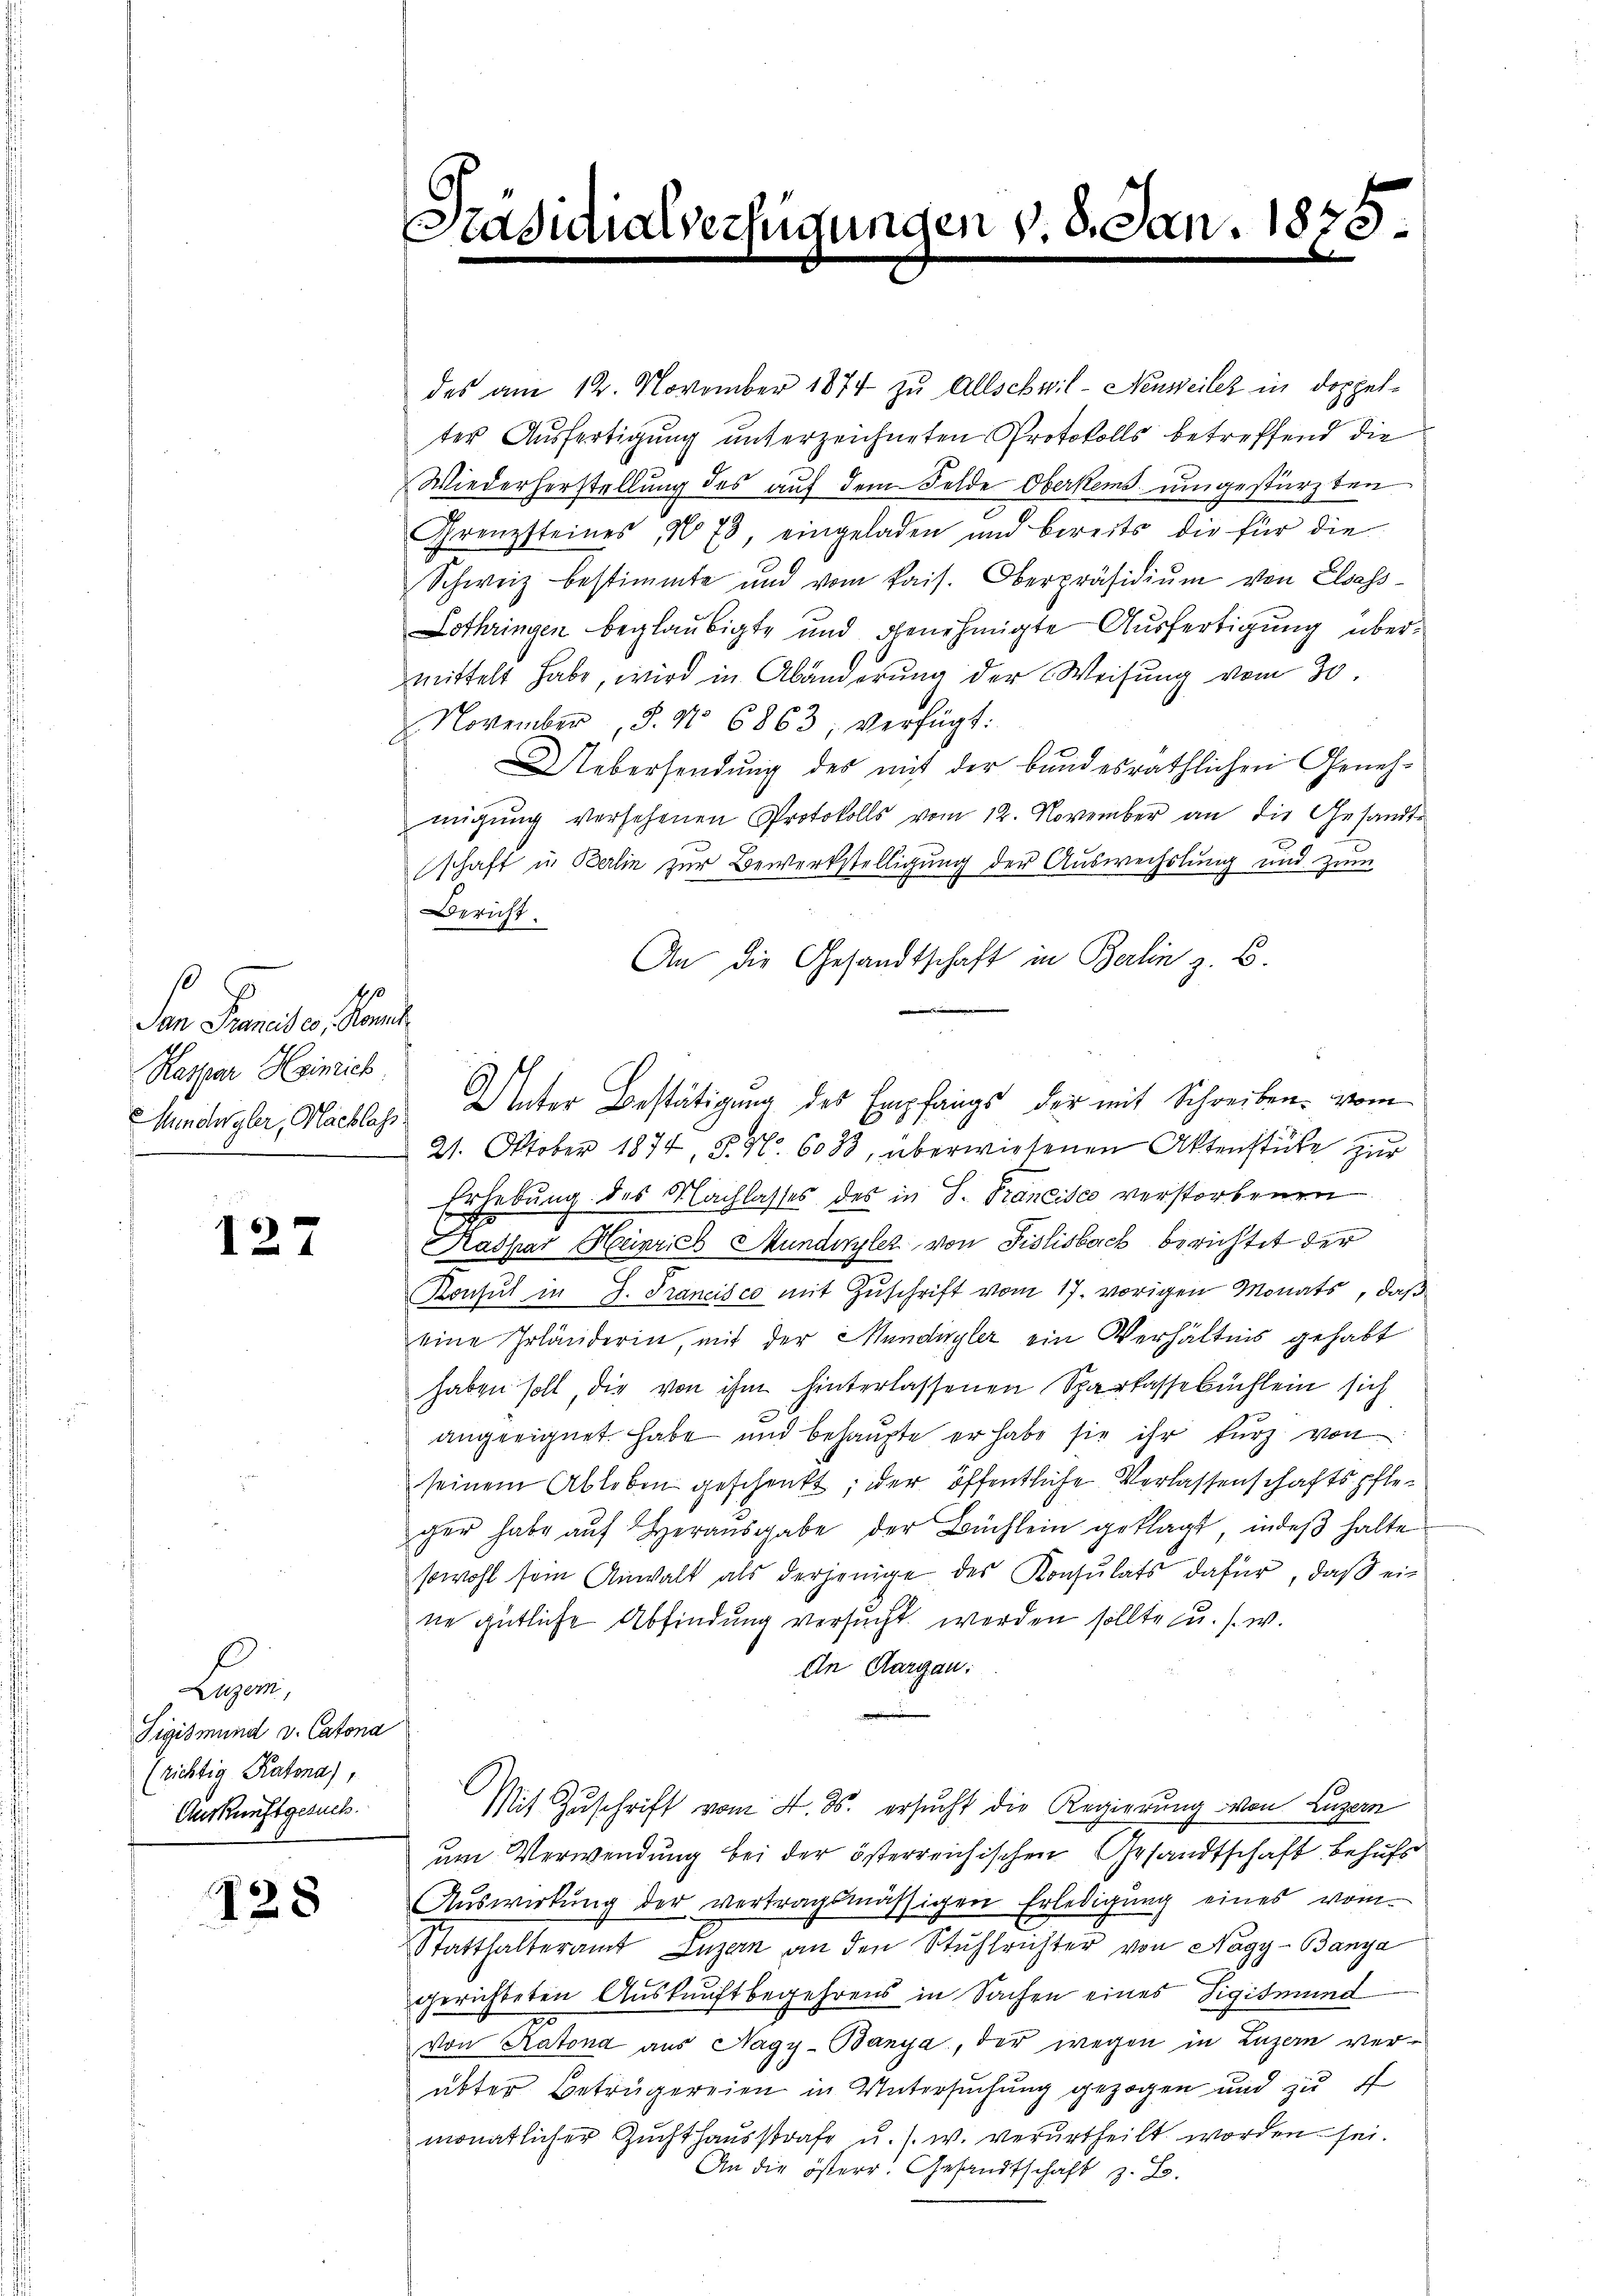
s
Jan Preiser, Kant
Kaspar Heinrich.

127

Legen
Tigismund v. Catona
(richtig Kalona),
Auskunftgesuch.

128

Pinsich

alrech

hin

v. 8. Jan. 1875.

des am 12. November 1874 zu Allschwil-Neuweiler in doppelter Ausfertigung unterzeichneten Protokolls betreffend die
Wiederherstellung des auf dem Felde Oberkens umgestürzten
Grenzsteines No 73, eingeladen und bereits die für die
Schweiz bestimmte und vom kais. Oberpräsidiŭm von Elsass-
Lothringen beglaubigte und genehmigte Ausfertigung übermittelt habe, wird in Abänderung der Weisung vom 30.
November §. No 6863, verfügt:
Uebersendung des mit der bundesräthlichen Genehmigŭng versehenen Protokolls vom 12. November an die Gesandte
xx
schaft in Berlin zur Bewerkstelligung der Auswechslung und zum
Bericht.
An die Gesandtschaft in Berlin z. B.
Mundngler, Nachlass Unter Bestätigung des Empfangs der mit Schreiben vom
21. Oktober 1874, S. Nr. 6033, überwiesenen Aktenstüke zur
Erhebung des Nachlasses des in S. Francisco verstorbenen
Kaspar Heinrich Mundeylez von Fislisbach berichtet der
Konsul in J. Francisco mit Zuschrift vom 17. vorigen Monats, daß
eine Irländerin, mit der Mundingler ein Verhältnis gehabt
haben soll, die von ihm hinterlassenen Sparkassebüchlein sich
angeeignet habe und behaŭpte er habe sie ihr kurz von
seinem Ableben geschenkt; der öffentliche Verlassenschaftspfleger habe aŭf herausgabe der Büchlein geklagt, indeß halte
sowohl sein Anwalt als derjenige des Konsulats dafür, daß ein
ne gütliche Abfindung versucht werden sollte u. s. w.
In Aargau.
Mit Zuschrift vom 4. ds. ersucht die Regierung von Luzern
um Verwendung bei der österreichischen Gesandtschaft behufs
Auswirkung der vertragsmässigen Erledigung eines vom
Statthalteramt Luzern an den Stuhlrichter von Nagy-Banya
gerichteten Auskunftbegehrens in Sachen eines Sigismund
von Ratona aus Nagy-Banya, der wegen in Luzern verübter Beträgereien in Untersuchung gezogen und zu f
monatlicher Zuchthausstrafe u. s. w. verurtheilt worden sei.
An die österr. Gesandtschaft z. B.